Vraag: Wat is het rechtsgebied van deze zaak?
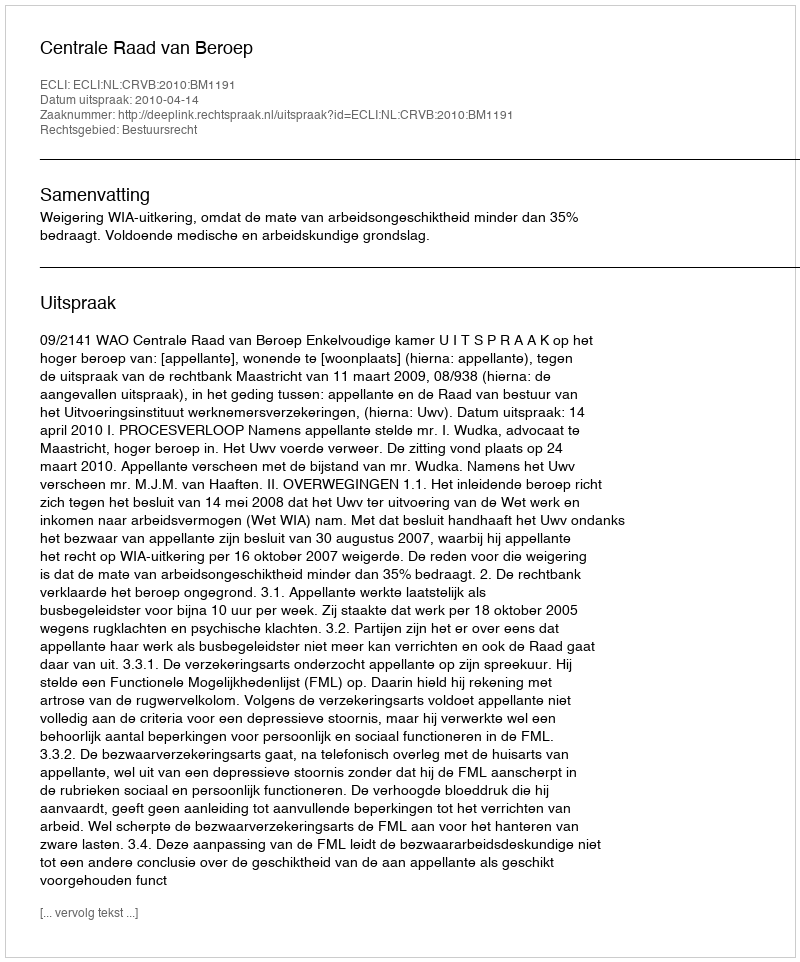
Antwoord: Bestuursrecht